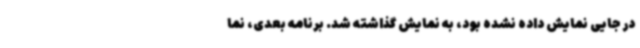
در جایی نمایش داده نشده بود، به نمایش گذاشته شد. برنامه بعدی، نما